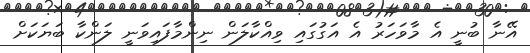
އޭނާ ބުނީ އެ މާވަހަރު އެ އަގުގައި ވިއްކާލަން ނިންމާފައިވަނީ ލަންކާ ބަޔަކަށް